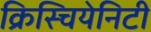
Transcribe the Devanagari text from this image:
क्रिस्चियेनिटी